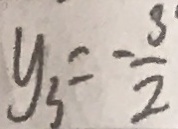
y _ { 3 } = - \frac { 3 } { 2 }